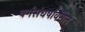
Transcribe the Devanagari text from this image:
वर्गसंघर्षावरील